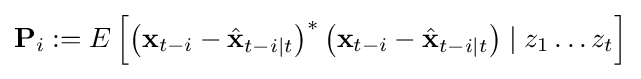
\mathbf {P} _{i}:=E\left[\left(\mathbf {x} _{t-i}-{\hat {\mathbf {x} }}_{t-i\mid t}\right)^{*}\left(\mathbf {x} _{t-i}-{\hat {\mathbf {x} }}_{t-i\mid t}\right)\mid z_{1}\ldots z_{t}\right]